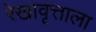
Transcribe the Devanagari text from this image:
रेखावृत्ताला